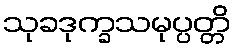
သုခဒုက္ခသမုပ္ပတ္တိ